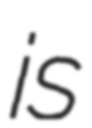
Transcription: is